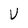
Character: V